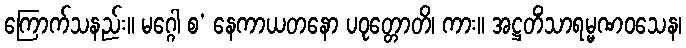
ကြောက်သနည်း။ မဂ္ဂေါ စ’ နေကာယတနော ပဝုတ္တောတိ၊ ကား။ အဋ္ဌတိံသာရမ္မဏဝသေန၊